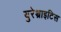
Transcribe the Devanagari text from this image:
युरेथ्राइटिस